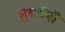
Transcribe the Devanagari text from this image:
सुर्व्यांनी